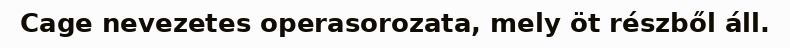
Cage nevezetes operasorozata, mely öt részből áll.